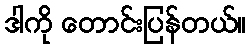
ဒါကို တောင်းပြန်တယ်။